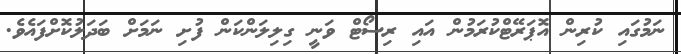
ނަމުގައި ކުރިން އޮޕަރޭޓްކުރަމުން އައި ރިސޯޓް ވަނީ ގިލިލަންކަން ފުށި ނަމަށް ބަދަލުކޮށްފައެވެ.